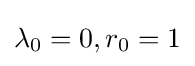
\lambda _{0}=0,r_{0}=1